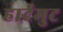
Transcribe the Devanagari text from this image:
हार्टमुट